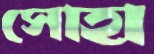
সোহা